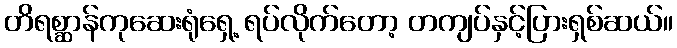
တိရစ္ဆာန်ကုဆေးရုံရှေ့ ရပ်လိုက်တော့ တကျပ်နှင့်ပြားရှစ်ဆယ်။